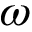
\omega